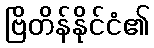
ဗြိတိန်နိုင်ငံ၏